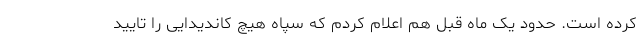
کرده است. حدود یک ماه قبل هم اعلام کردم که سپاه هیچ کاندیدایی را تایید